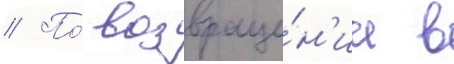
// По́ возвраще́н'ии в